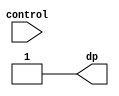
module decimal_select(
		control,
		dp
);

// ==============================================================================
// 									   Port Declarations
// ==============================================================================
			input [1:0] control;
			output      dp;
   
// ==============================================================================
// 									    Implementation
// ==============================================================================
  
			assign dp = (control == 2'b11) ? 1'b1 : 
							(control == 2'b10) ? 1'b1 : 
							(control == 2'b01) ? 1'b1 : 
							1'b1;
			
endmodule